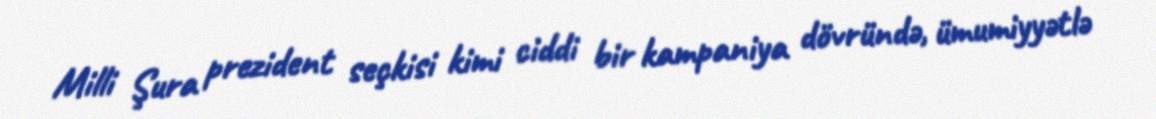
Milli Şura prezident seçkisi kimi ciddi bir kampaniya dövründə, ümumiyyətlə